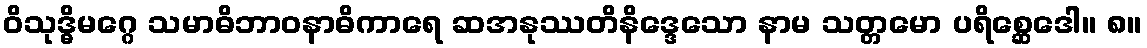
ဝိသုဒ္ဓိမဂ္ဂေ သမာဓိဘာဝနာဓိကာရေ ဆအနုဿတိနိဒ္ဒေသော နာမ သတ္တမော ပရိစ္ဆေဒေါ။ ၈။